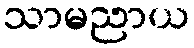
သာမညာယ